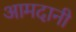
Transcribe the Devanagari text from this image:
आमदानी